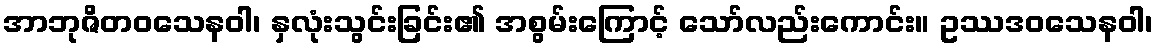
အာဘုဇိတဝသေနဝါ၊ နှလုံးသွင်းခြင်း၏ အစွမ်းကြောင့် သော်လည်းကောင်း။ ဥဿဒဝသေနဝါ၊